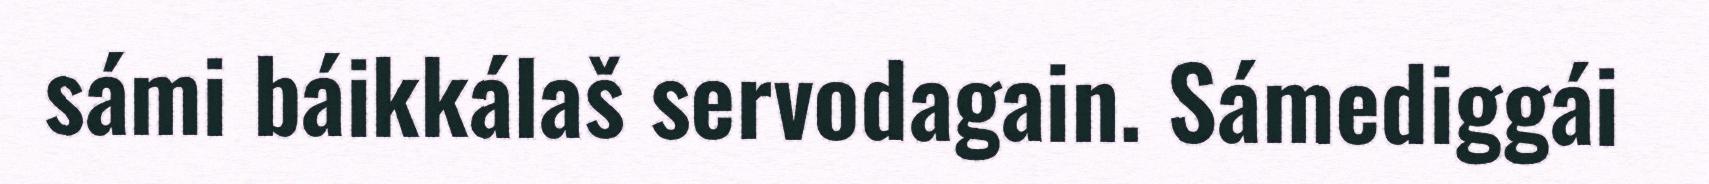
sámi báikkálaš servodagain. Sámediggái